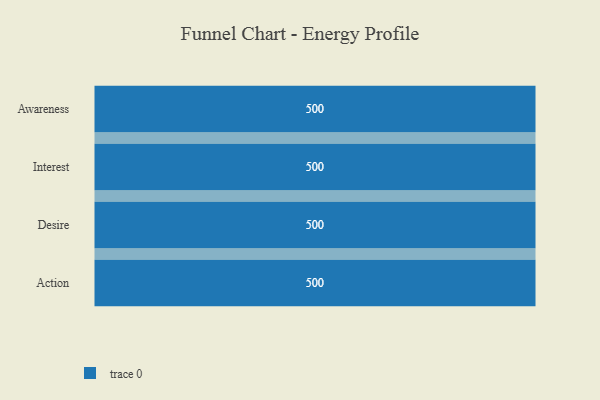
{"axis": {"x": "Stage", "y": "Value"}, "legend": [""], "data": [{"x": "Awareness", "y": 500, "type": ""}, {"x": "Interest", "y": 500, "type": ""}, {"x": "Desire", "y": 500, "type": ""}, {"x": "Action", "y": 500, "type": ""}]}